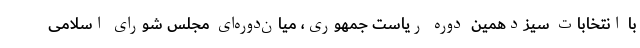
با انتخابات سیزدهمین دوره ریاست جمهوری، میان‌دوره‌ای مجلس شورای اسلامی